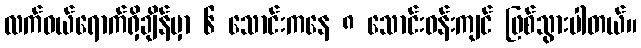
လက်ဝယ်ရောက်ရှိချိန်မှာ ၆ သောင်းကနေ ၈ သောင်းဝန်းကျင် ဖြစ်သွားပါတယ်။